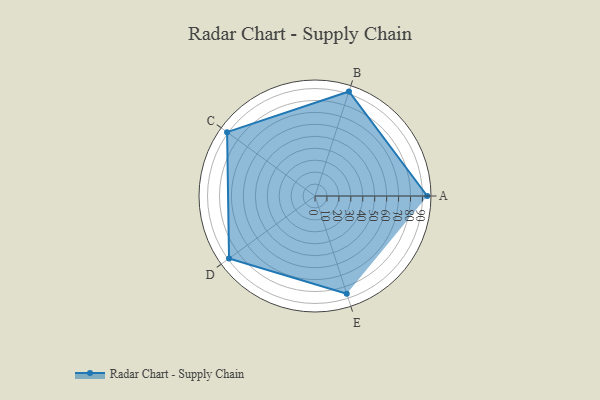
{"axis": {"x": "Skill", "y": "Score"}, "legend": ["Profile"], "data": [{"x": "A", "y": 94.0, "type": "Profile"}, {"x": "B", "y": 92.0, "type": "Profile"}, {"x": "C", "y": 91.0, "type": "Profile"}, {"x": "D", "y": 89.0, "type": "Profile"}, {"x": "E", "y": 86.0, "type": "Profile"}]}